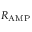
R _ { \mathrm { A M P } }